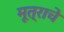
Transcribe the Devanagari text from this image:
मूत्राचे